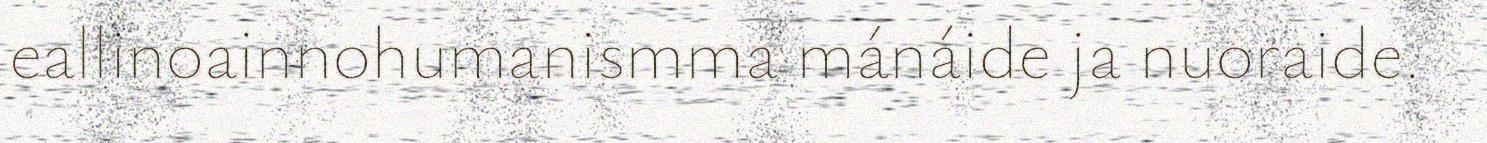
eallinoainnohumanismma mánáide ja nuoraide.